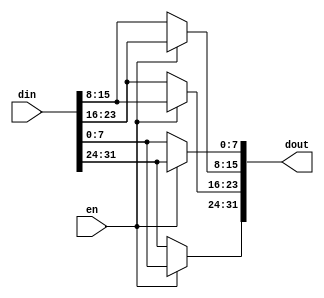

//**********************************************
//COPYRIGHT(c)2021, Xidian University
//All rights reserved.
//
//Module name   : endian_exchange	
//Full name     :
//
//Version 		:
//This File is  Created on 2021-06-23 17:37:38
//------------------Discription-----------------
//
//----------------------------------------------
//-------------Modification history-------------
//Last Modified by 	: xumingwei
//Last Modified time: 2021-06-23 17:59:15
//Discription 	:
//----------------------------------------------
//TIMESCALE
`timescale 1ns/1ns
//DEFINES
//`include ".v"
//----------------------------------------------

module endian_exchange #(
		parameter	DATA_WIDTH = 32  	  ,		// 
		parameter	UNIT_WIDTH = 8				// 
	)
	(
	input		[DATA_WIDTH-1:0]	din   ,		// input  data
	output reg	[DATA_WIDTH-1:0]	dout  ,		// output data
	input							en   
);


localparam	EXC_NUM = DATA_WIDTH / UNIT_WIDTH;	// 


// 
integer i;
always @(*) begin
	if( en == 1'b1 ) begin
		for( i=0; i<EXC_NUM; i=i+1 ) begin
			dout[i*UNIT_WIDTH+:UNIT_WIDTH] = din[(DATA_WIDTH-1-i*UNIT_WIDTH)-:UNIT_WIDTH];
		end
	end
	else begin
		dout = din;
	end
end


endmodule